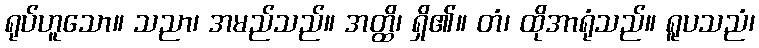
ရုပ်ဟူသော။ သညာ၊ အမည်သည်။ အတ္ထိ၊ ရှိ၏။ တံ၊ ထိုအာရုံသည်။ ရူပသညံ၊